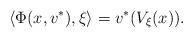
LaTeX: \begin{align*}\langle \Phi(x,v^*),\xi \rangle=v^*(V_\xi(x)).\end{align*}